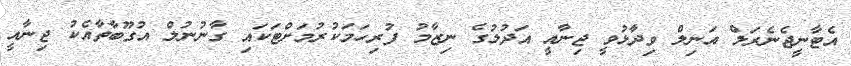
އެޓާނީޖެނެރަލް އަނިލް ވިދާޅުވީ ޖިނާއީ އަދުލުގެ ނިޒާމު ފުރިހަމަކުރުމަށްޓަކައި ގާނުނުލް އުގޫބާތާއެކު ޖިނާއީ